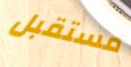
مستقبل